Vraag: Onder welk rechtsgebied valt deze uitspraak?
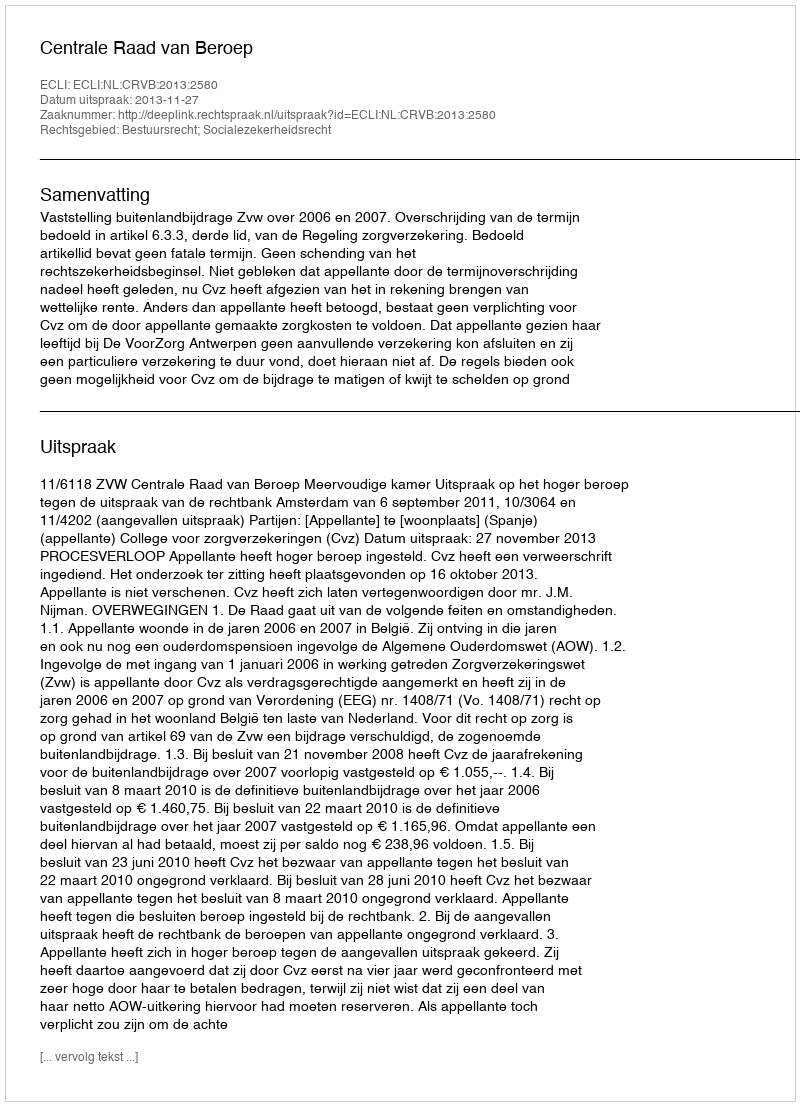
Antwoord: Bestuursrecht; Socialezekerheidsrecht